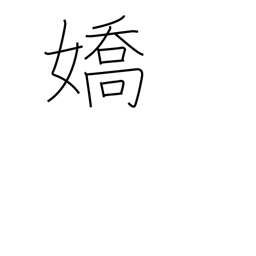
Meaning: attractive